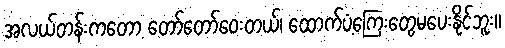
အလယ်တန်းကတော့ တော်တော်ဝေးတယ်၊ ထောက်ပံ့ကြေးတွေမပေးနိုင်ဘူး။